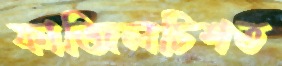
ফাজিলচিশত